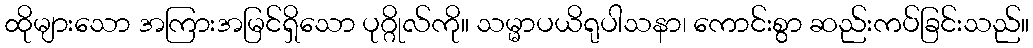
ထိုများသော အကြားအမြင်ရှိသော ပုဂ္ဂိုလ်ကို။ သမ္မာပယိရုပါသနာ၊ ကောင်းစွာ ဆည်းကပ်ခြင်းသည်။